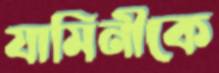
যামিনীকে